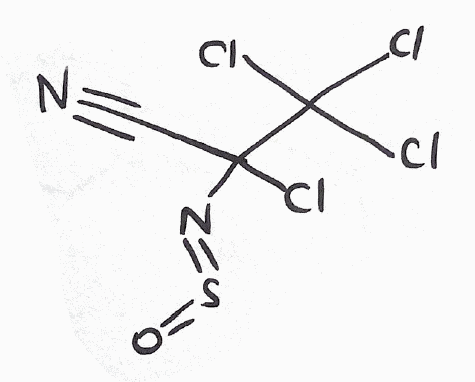
Simplified molecular-input line-entry system (SMILES) notation of the given molecule:
C(#N)C(C(Cl)(Cl)Cl)(N=S=O)Cl